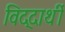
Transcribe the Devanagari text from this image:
विद्दार्थी